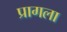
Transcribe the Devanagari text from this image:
प्रागला